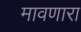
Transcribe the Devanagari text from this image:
मावणारा